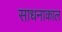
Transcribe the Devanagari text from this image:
साधनाकाल